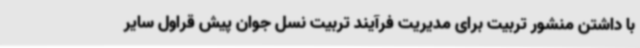
با داشتن منشور تربیت برای مدیریت فرآیند تربیت نسل جوان پیش قراول سایر